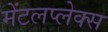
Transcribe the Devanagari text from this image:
मेंटलप्लेक्स